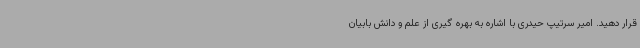
قرار دهید. امیر سرتیپ حیدری با اشاره به بهره گیری از علم و دانش بابیان